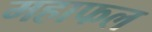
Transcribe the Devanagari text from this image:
महाफल